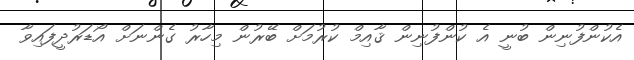
އެކުންފުނިން ބުނީ އެ ކުންފުނިން ޤާއިމް ކުރުމަށް ބޭރުން މިހާރު ގެންނަށް އޯޑަރުދީފައިވާ